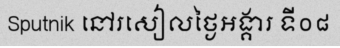
Sputnik នៅរសៀលថ្ងៃអង្គារ ទី០៨